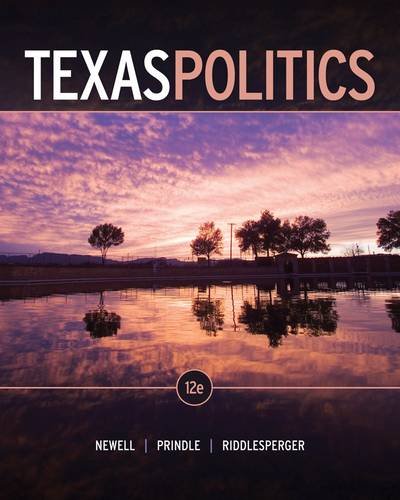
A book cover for Texas Politics; Charldean Newell; Politics & Social Sciences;